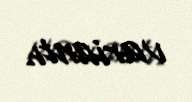
variantı.